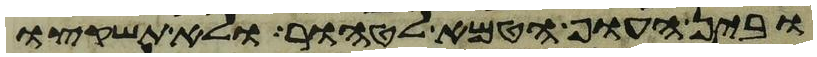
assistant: ובין העוף הטמא לטהור ולא תשקצו